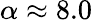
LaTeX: \alpha\approx 8.0